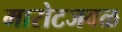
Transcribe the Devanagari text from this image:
मारोटजवळ